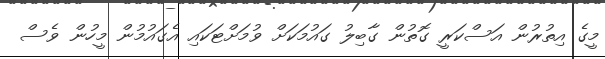
މީގެ އިތުރުން އަސްކަރީ ގޮތުން ގާބިލު ގައުމަކަށް ވުމަށްޓަކައި އެގައުމުން މީހުން ވެސް